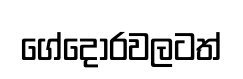
ගේදොරවලටත්